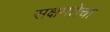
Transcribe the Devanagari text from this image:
सक्षमतेचा